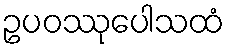
ဥပဝဿုပေါသထံ